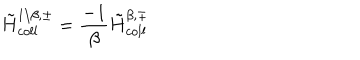
{ \tilde { H } } _ { c o l l } ^ { 1 / \beta , \pm } = { \frac { - 1 } { \beta } } { \tilde { H } } _ { c o l l } ^ { \beta , \mp }